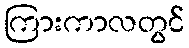
ကြားကာလတွင်